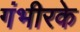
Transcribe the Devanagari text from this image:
गंभीरके